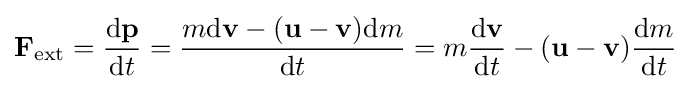
\mathbf {F} _{\mathrm {ext} }={\frac {\mathrm {d} \mathbf {p} }{\mathrm {d} t}}={\frac {m\mathrm {d} \mathbf {v} -(\mathbf {u} -\mathbf {v} )\mathrm {d} m}{\mathrm {d} t}}=m{\frac {\mathrm {d} \mathbf {v} }{\mathrm {d} t}}-(\mathbf {u} -\mathbf {v} ){\frac {\mathrm {d} m}{\mathrm {d} t}}